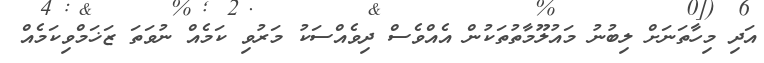
އަދި މިހާތަނަށް ލިބުނު މައުލޫމާތުތަކުން އެއްވެސް ދިވެއްސަކު މަރުވި ކަމެއް ނުވަތަ ޒަޚަމްވިކަމެއް